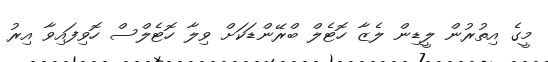
މީގެ އިތުރުން ލީޑިން ލެޒާ ހޮޓެލް ބްރޭންޑަކަށް ވިލާ ހޮޓެލްސް ހޮވިފައިވާ އިރު